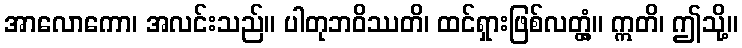
အာလောကော၊ အလင်းသည်။ ပါတုဘဝိဿတိ၊ ထင်ရှားဖြစ်လတ္တံ့။ ဣတိ၊ ဤသို့။